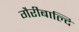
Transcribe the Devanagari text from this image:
गैरीबाल्दि